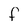
Character: F